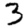
Digit: 3